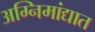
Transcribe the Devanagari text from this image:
अग्निमांद्यात